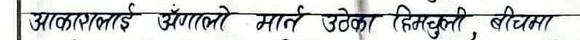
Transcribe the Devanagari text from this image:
आकाशलाई अँगलाे मान्दै उडेका हिमचुली बीचमा